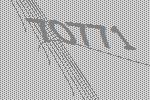
70771